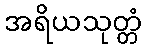
အရိယသုတ္တံ